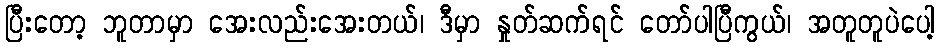
ပြီးတော့ ဘူတာမှာ အေးလည်းအေးတယ်၊ ဒီမှာ နှုတ်ဆက်ရင် တော်ပါပြီကွယ်၊ အတူတူပဲပေါ့